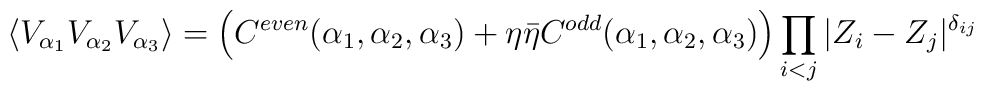
\langle V_{\alpha_1}V_{\alpha_2}V_{\alpha_3}\rangle =\left( C^{even}(\alpha_1,\alpha_2,\alpha_3) +\eta\bar\eta C^{odd}(\alpha_1,\alpha_2,\alpha_3)\right)\prod\limits_{i<j}|Z_i-Z_j|^{\delta_{ij}}